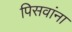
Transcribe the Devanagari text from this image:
पिसवांना